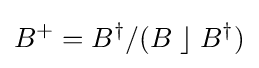
B^{+}=B^{\dagger }/(B\;\rfloor \;B^{\dagger })